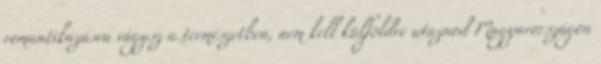
romantikázásra vágysz a természetben, nem kell külföldre utaznod Magyarországon